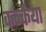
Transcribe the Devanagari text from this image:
कन्कैया